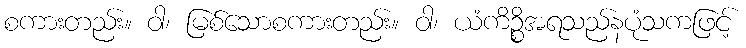
စကားတည်း။ ဝါ၊ မြစ်သောစကားတည်း။ ဝါ၊ ယံကိဉ္စိအရသည်နပုံသကဖြင့်